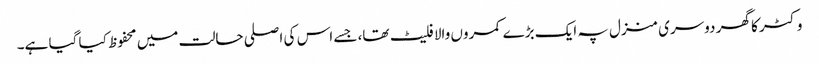
وکٹر کا گھر دوسری منزل پہ ایک بڑے کمروں والا فلیٹ تھا، جسے اس کی اصلی حالت میں محفوظ کیا گیا ہے۔